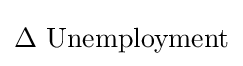
\Delta \ {\text{Unemployment}}